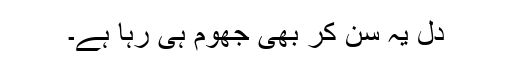
دل یہ سن کر بھی جھوم ہی رہا ہے۔